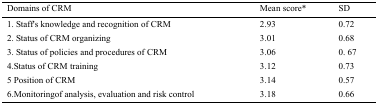
<table><thead><tr><td><b>Domains of CRM</b></td><td><b>Mean score*</b></td><td><b>SD</b></td></tr></thead><tbody><tr><td>1. Staff’s knowledge and recognition of CRM</td><td>2.93</td><td>0.72</td></tr><tr><td>2. Status of CRM organizing</td><td>3.01</td><td>0.68</td></tr><tr><td>3. Status of policies and procedures of CRM</td><td>3.06</td><td>0. 67</td></tr><tr><td>4. Status of CRM training</td><td>3.12</td><td>0.73</td></tr><tr><td>5. Position of CRM</td><td>3.14</td><td>0.57</td></tr><tr><td>6. Monitoringof analysis, evaluation and risk control</td><td>3.18</td><td>0.66</td></tr></tbody></table>